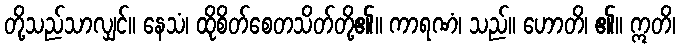
တို့သည်သာလျှင်။ နေသံ၊ ထိုစိတ်စေတသိတ်တို့၏။ ကာရဏံ၊ သည်။ ဟောတိ၊ ၏။ ဣတိ၊